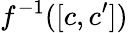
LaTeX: f^{-1}([c,c^{\prime}])